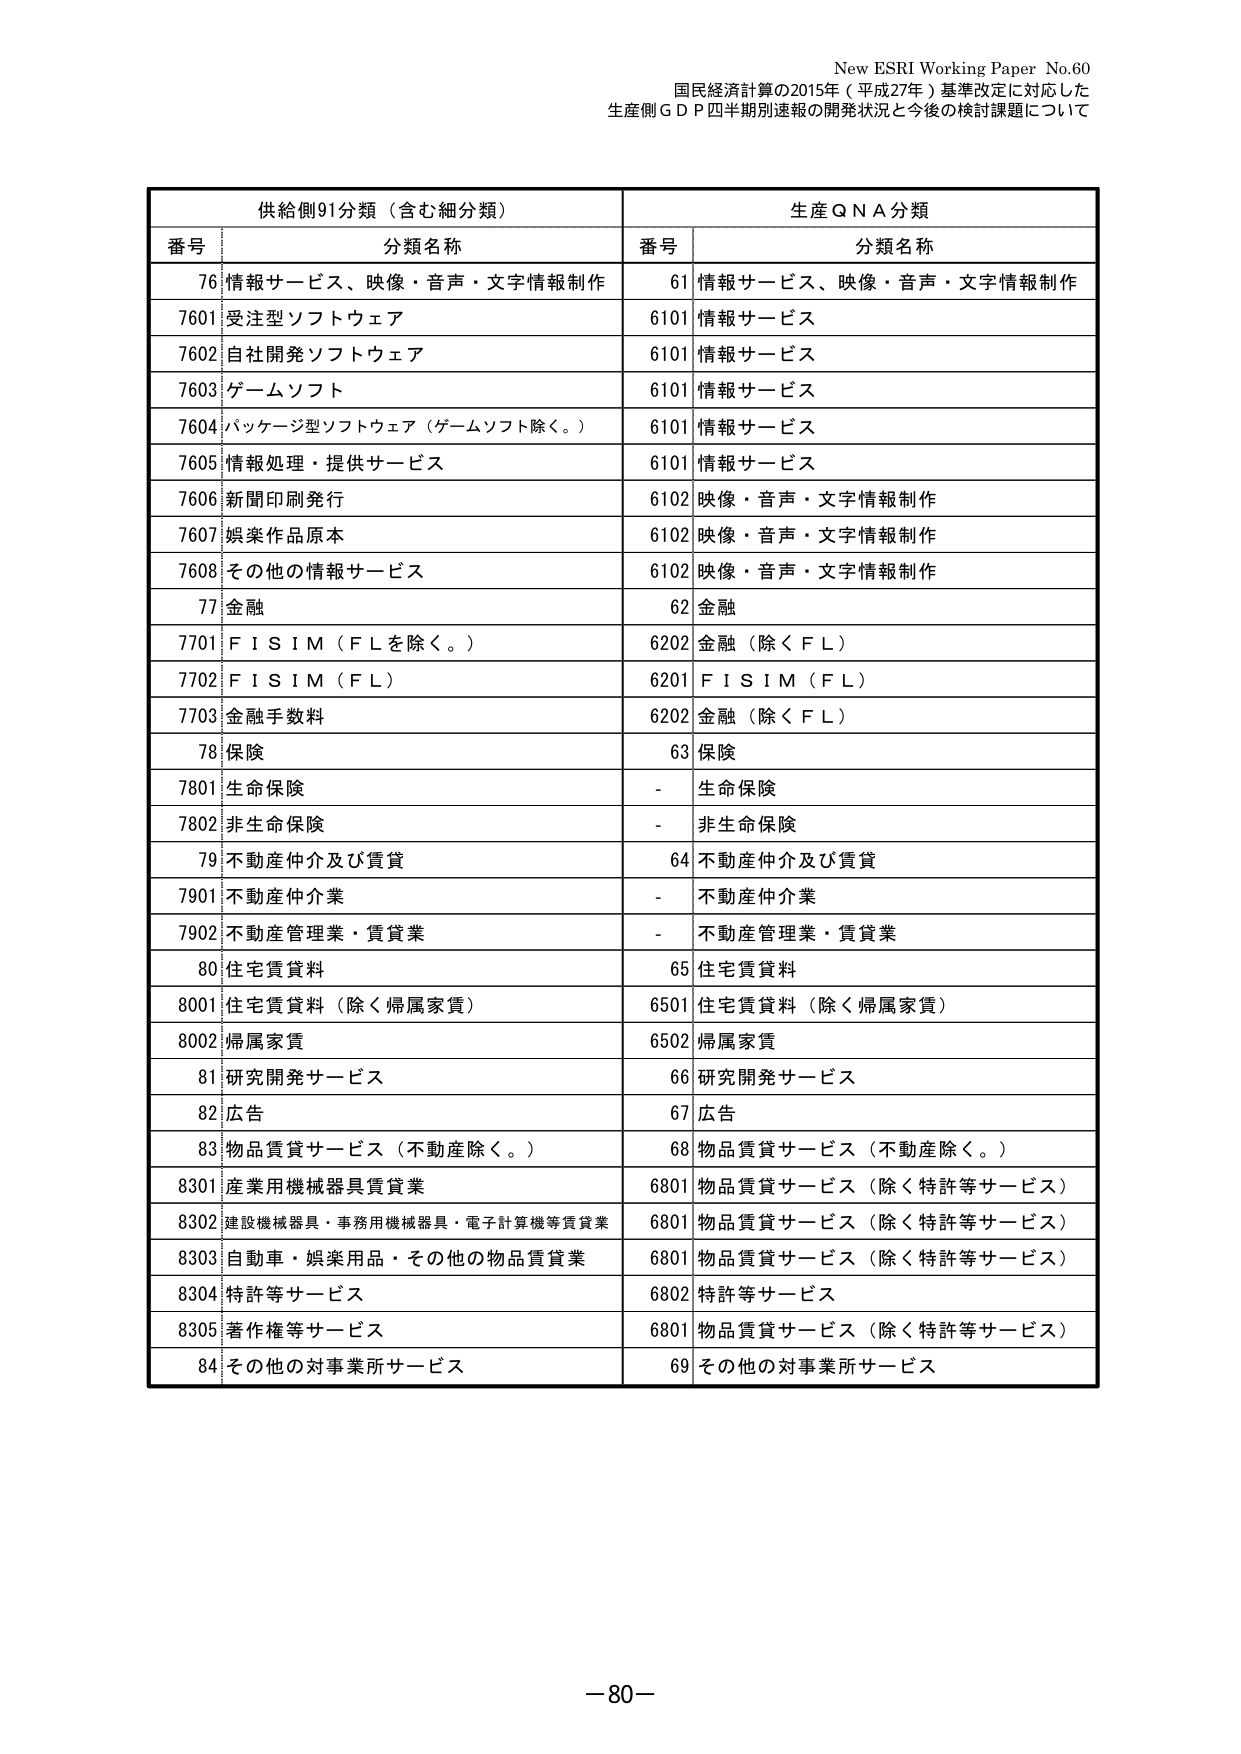
New ESRI Working Paper No.60
国民経済計算の2015年（平成27年）基準改定に対応した
生産側ＧＤＰ四半期別速報の開発状況と今後の検討課題について

供給側91分類（含む細分類）　　　　　　　　　　　　　生産ＱＮＡ分類
番号　　　分類名称　　　　　　　　　　　　　　　　　番号　　　分類名称
76　情報サービス、映像・音声・文字情報制作　　　　61　情報サービス、映像・音声・文字情報制作
7601　受注型ソフトウェア　　　　　　　　　　　　　6101　情報サービス
7602　自社開発ソフトウェア　　　　　　　　　　　　6101　情報サービス
7603　ゲームソフト　　　　　　　　　　　　　　　　6101　情報サービス
7604　パッケージ型ソフトウェア（ゲームソフト除く。）　6101　情報サービス
7605　情報処理・提供サービス　　　　　　　　　　　6101　情報サービス
7606　新聞印刷発行　　　　　　　　　　　　　　　　6102　映像・音声・文字情報制作
7607　娯楽作品原本　　　　　　　　　　　　　　　　6102　映像・音声・文字情報制作
7608　その他の情報サービス　　　　　　　　　　　　6102　映像・音声・文字情報制作
77　金融　　　　　　　　　　　　　　　　　　　　　62　金融
7701　ＦＩＳＩＭ（ＦＬを除く。）　　　　　　　　　6202　金融（除くＦＬ）
7702　ＦＩＳＩＭ（ＦＬ）　　　　　　　　　　　　　6201　ＦＩＳＩＭ（ＦＬ）
7703　金融手数料　　　　　　　　　　　　　　　　　6202　金融（除くＦＬ）
78　保険　　　　　　　　　　　　　　　　　　　　　63　保険
7801　生命保険　　　　　　　　　　　　　　　　　　-　生命保険
7802　非生命保険　　　　　　　　　　　　　　　　　-　非生命保険
79　不動産仲介及び賃貸　　　　　　　　　　　　　　64　不動産仲介及び賃貸
7901　不動産仲介業　　　　　　　　　　　　　　　　-　不動産仲介業
7902　不動産管理業・賃貸業　　　　　　　　　　　　-　不動産管理業・賃貸業
80　住宅賃貸料　　　　　　　　　　　　　　　　　　65　住宅賃貸料
8001　住宅賃貸料（除く帰属家賃）　　　　　　　　6501　住宅賃貸料（除く帰属家賃）
8002　帰属家賃　　　　　　　　　　　　　　　　　　6502　帰属家賃
81　研究開発サービス　　　　　　　　　　　　　　　66　研究開発サービス
82　広告　　　　　　　　　　　　　　　　　　　　　67　広告
83　物品賃貸サービス（不動産除く。）　　　　　　　68　物品賃貸サービス（不動産除く。）
8301　産業用機械器具賃貸業　　　　　　　　　　　　6801　物品賃貸サービス（除く特許等サービス）
8302　建設機械器具・事務用機械器具・電子計算機等賃貸業　6801　物品賃貸サービス（除く特許等サービス）
8303　自動車・娯楽用品・その他の物品賃貸業　　　　6801　物品賃貸サービス（除く特許等サービス）
8304　特許等サービス　　　　　　　　　　　　　　　6802　特許等サービス
8305　著作権等サービス　　　　　　　　　　　　　　6801　物品賃貸サービス（除く特許等サービス）
84　その他の対事業所サービス　　　　　　　　　　　69　その他の対事業所サービス

－80－